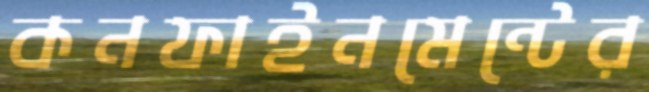
কনফাইনমেন্টের